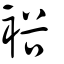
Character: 裕